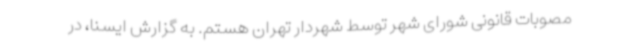
مصوبات قانونی شورای شهر توسط شهردار تهران هستم. به گزارش ایسنا، در